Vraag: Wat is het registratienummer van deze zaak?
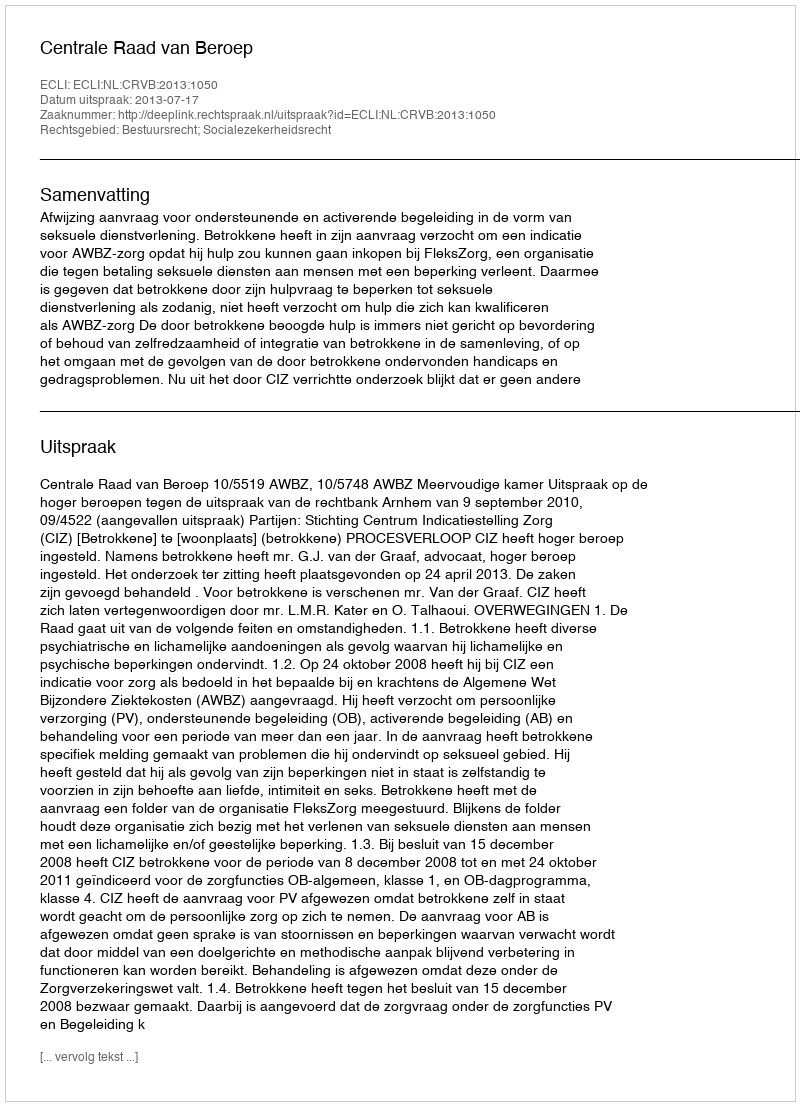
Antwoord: http://deeplink.rechtspraak.nl/uitspraak?id=ECLI:NL:CRVB:2013:1050